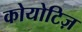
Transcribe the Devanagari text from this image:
कोयोटिज़